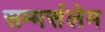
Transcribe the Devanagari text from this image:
सम्मर्सलेम